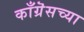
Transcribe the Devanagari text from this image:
काँग्रॆसच्या